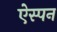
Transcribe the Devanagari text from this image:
ऐस्पन